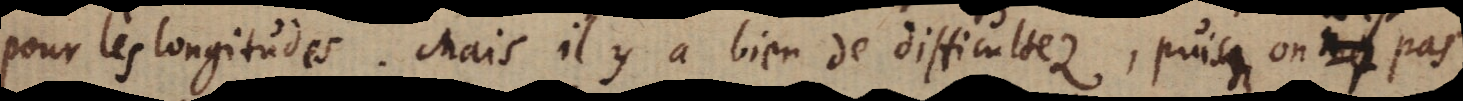
pour les longitudes. Mais il y a bien de difficultez, puisqu’on pas